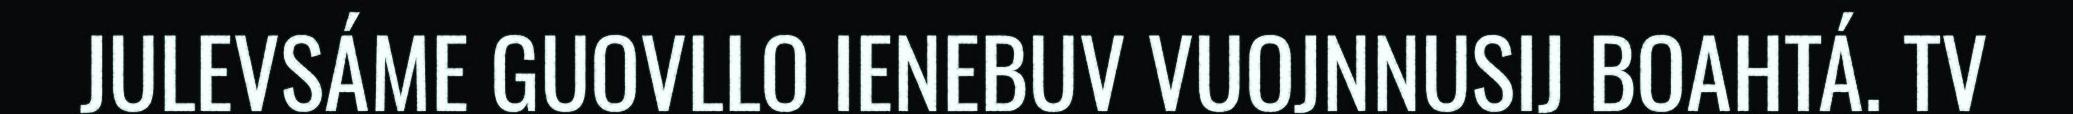
JULEVSÁME GUOVLLO IENEBUV VUOJNNUSIJ BOAHTÁ. TV